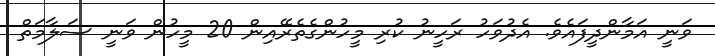
ވަނީ އަމާންދީފައެވެ. އެދުވަހު ރަހީނު ކުރި މީހުންގެތެރޭއިން 20 މީހުން ވަނީ ސަލާމަތް